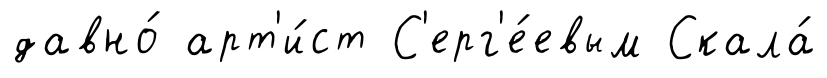
давно́ арт'и́ст С'ерг'е́евым Скала́